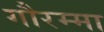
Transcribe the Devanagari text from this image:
गौरम्मा